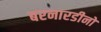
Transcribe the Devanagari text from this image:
बरनारडीनो